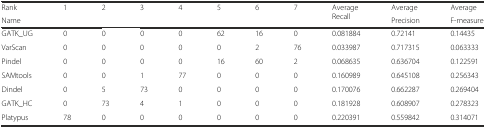
<table><thead><tr><td><b>Rank</b></td><td rowspan="2"><b>1</b></td><td rowspan="2"><b>2</b></td><td rowspan="2"><b>3</b></td><td rowspan="2"><b>4</b></td><td rowspan="2"><b>5</b></td><td rowspan="2"><b>6</b></td><td rowspan="2"><b>7</b></td><td rowspan="2"><b>Average Recall</b></td><td><b>Average</b></td><td><b>Average</b></td></tr><tr><td><b>Name</b></td><td><b>Precision</b></td><td><b>F-measure</b></td></tr></thead><tbody><tr><td>GATK_UG</td><td>0</td><td>0</td><td>0</td><td>0</td><td>62</td><td>16</td><td>0</td><td>0.081884</td><td>0.72141</td><td>0.14435</td></tr><tr><td>VarScan</td><td>0</td><td>0</td><td>0</td><td>0</td><td>0</td><td>2</td><td>76</td><td>0.033987</td><td>0.717315</td><td>0.063333</td></tr><tr><td>Pindel</td><td>0</td><td>0</td><td>0</td><td>0</td><td>16</td><td>60</td><td>2</td><td>0.068635</td><td>0.636704</td><td>0.122591</td></tr><tr><td>SAMtools</td><td>0</td><td>0</td><td>1</td><td>77</td><td>0</td><td>0</td><td>0</td><td>0.160989</td><td>0.645108</td><td>0.256343</td></tr><tr><td>Dindel</td><td>0</td><td>5</td><td>73</td><td>0</td><td>0</td><td>0</td><td>0</td><td>0.170076</td><td>0.662287</td><td>0.269404</td></tr><tr><td>GATK_HC</td><td>0</td><td>73</td><td>4</td><td>1</td><td>0</td><td>0</td><td>0</td><td>0.181928</td><td>0.608907</td><td>0.278323</td></tr><tr><td>Platypus</td><td>78</td><td>0</td><td>0</td><td>0</td><td>0</td><td>0</td><td>0</td><td>0.220391</td><td>0.559842</td><td>0.314071</td></tr></tbody></table>